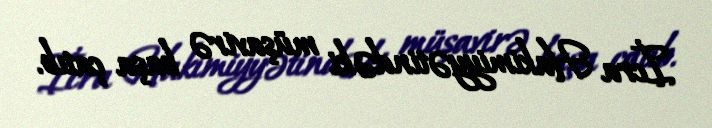
İcra Hakimiyyətindəki müşavirə başa çatıb.